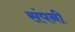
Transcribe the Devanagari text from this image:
संपनी